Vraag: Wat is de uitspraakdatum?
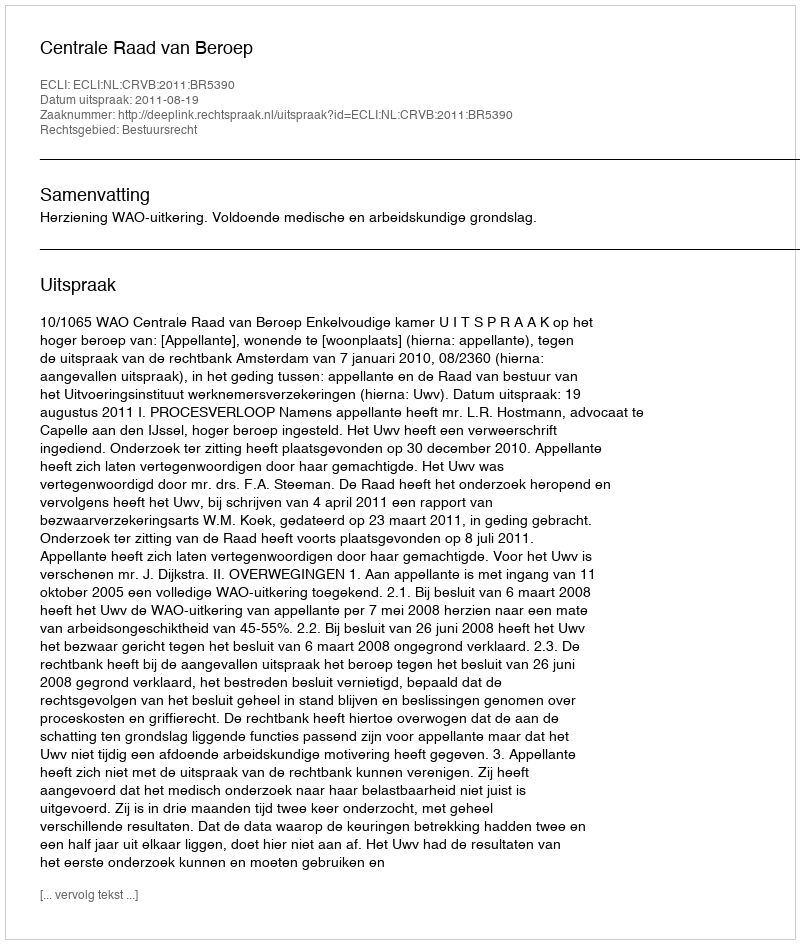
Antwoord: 2011-08-19